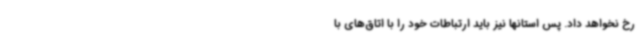
رخ نخواهد داد. پس استانها نیز باید ارتباطات خود را با اتاق‌های با